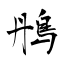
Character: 鴅